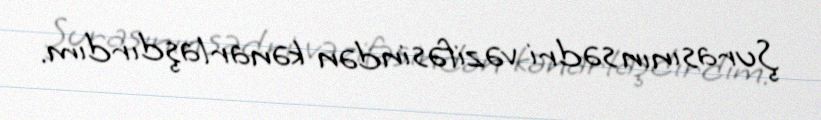
Şurasının sədri vəzifəsindən kənarlaşdırdım.